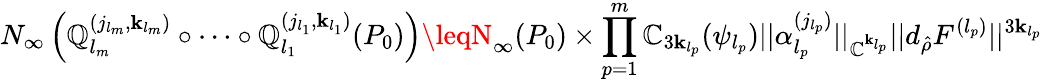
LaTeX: N_{\infty}\left(\mathbb{Q}_{l_{m}}^{(j_{l_{m}},\mathbf{k}_{l_{m}})}\circ\dots\circ\mathbb{Q}_{l_{1}}^{(j_{l_{1}},\mathbf{k}_{l_{1}})}(P_{0})\right)\leqN_{\infty}(P_{0})\times\prod_{p=1}^{m}\mathbb{C}_{3\mathbf{k}_{l_{p}}}(\psi_{l_{p}})||\alpha_{l_{p}}^{(j_{l_{p}})}||_{\mathbb{C}^{\mathbf{k}_{l_{p}}}}||d_{\hat{{\rho}}}F^{(l_{p})}||^{3\mathbf{k}_{l_{p}}}